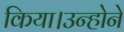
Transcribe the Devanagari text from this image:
किया।उन्होने